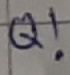
Text: Q!